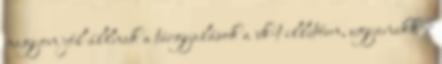
nagyon jól állnak a tárgyalások a vk-t illetően, ugyanakkor